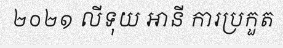
២០២១ លីទុយ អានី ការប្រកួត